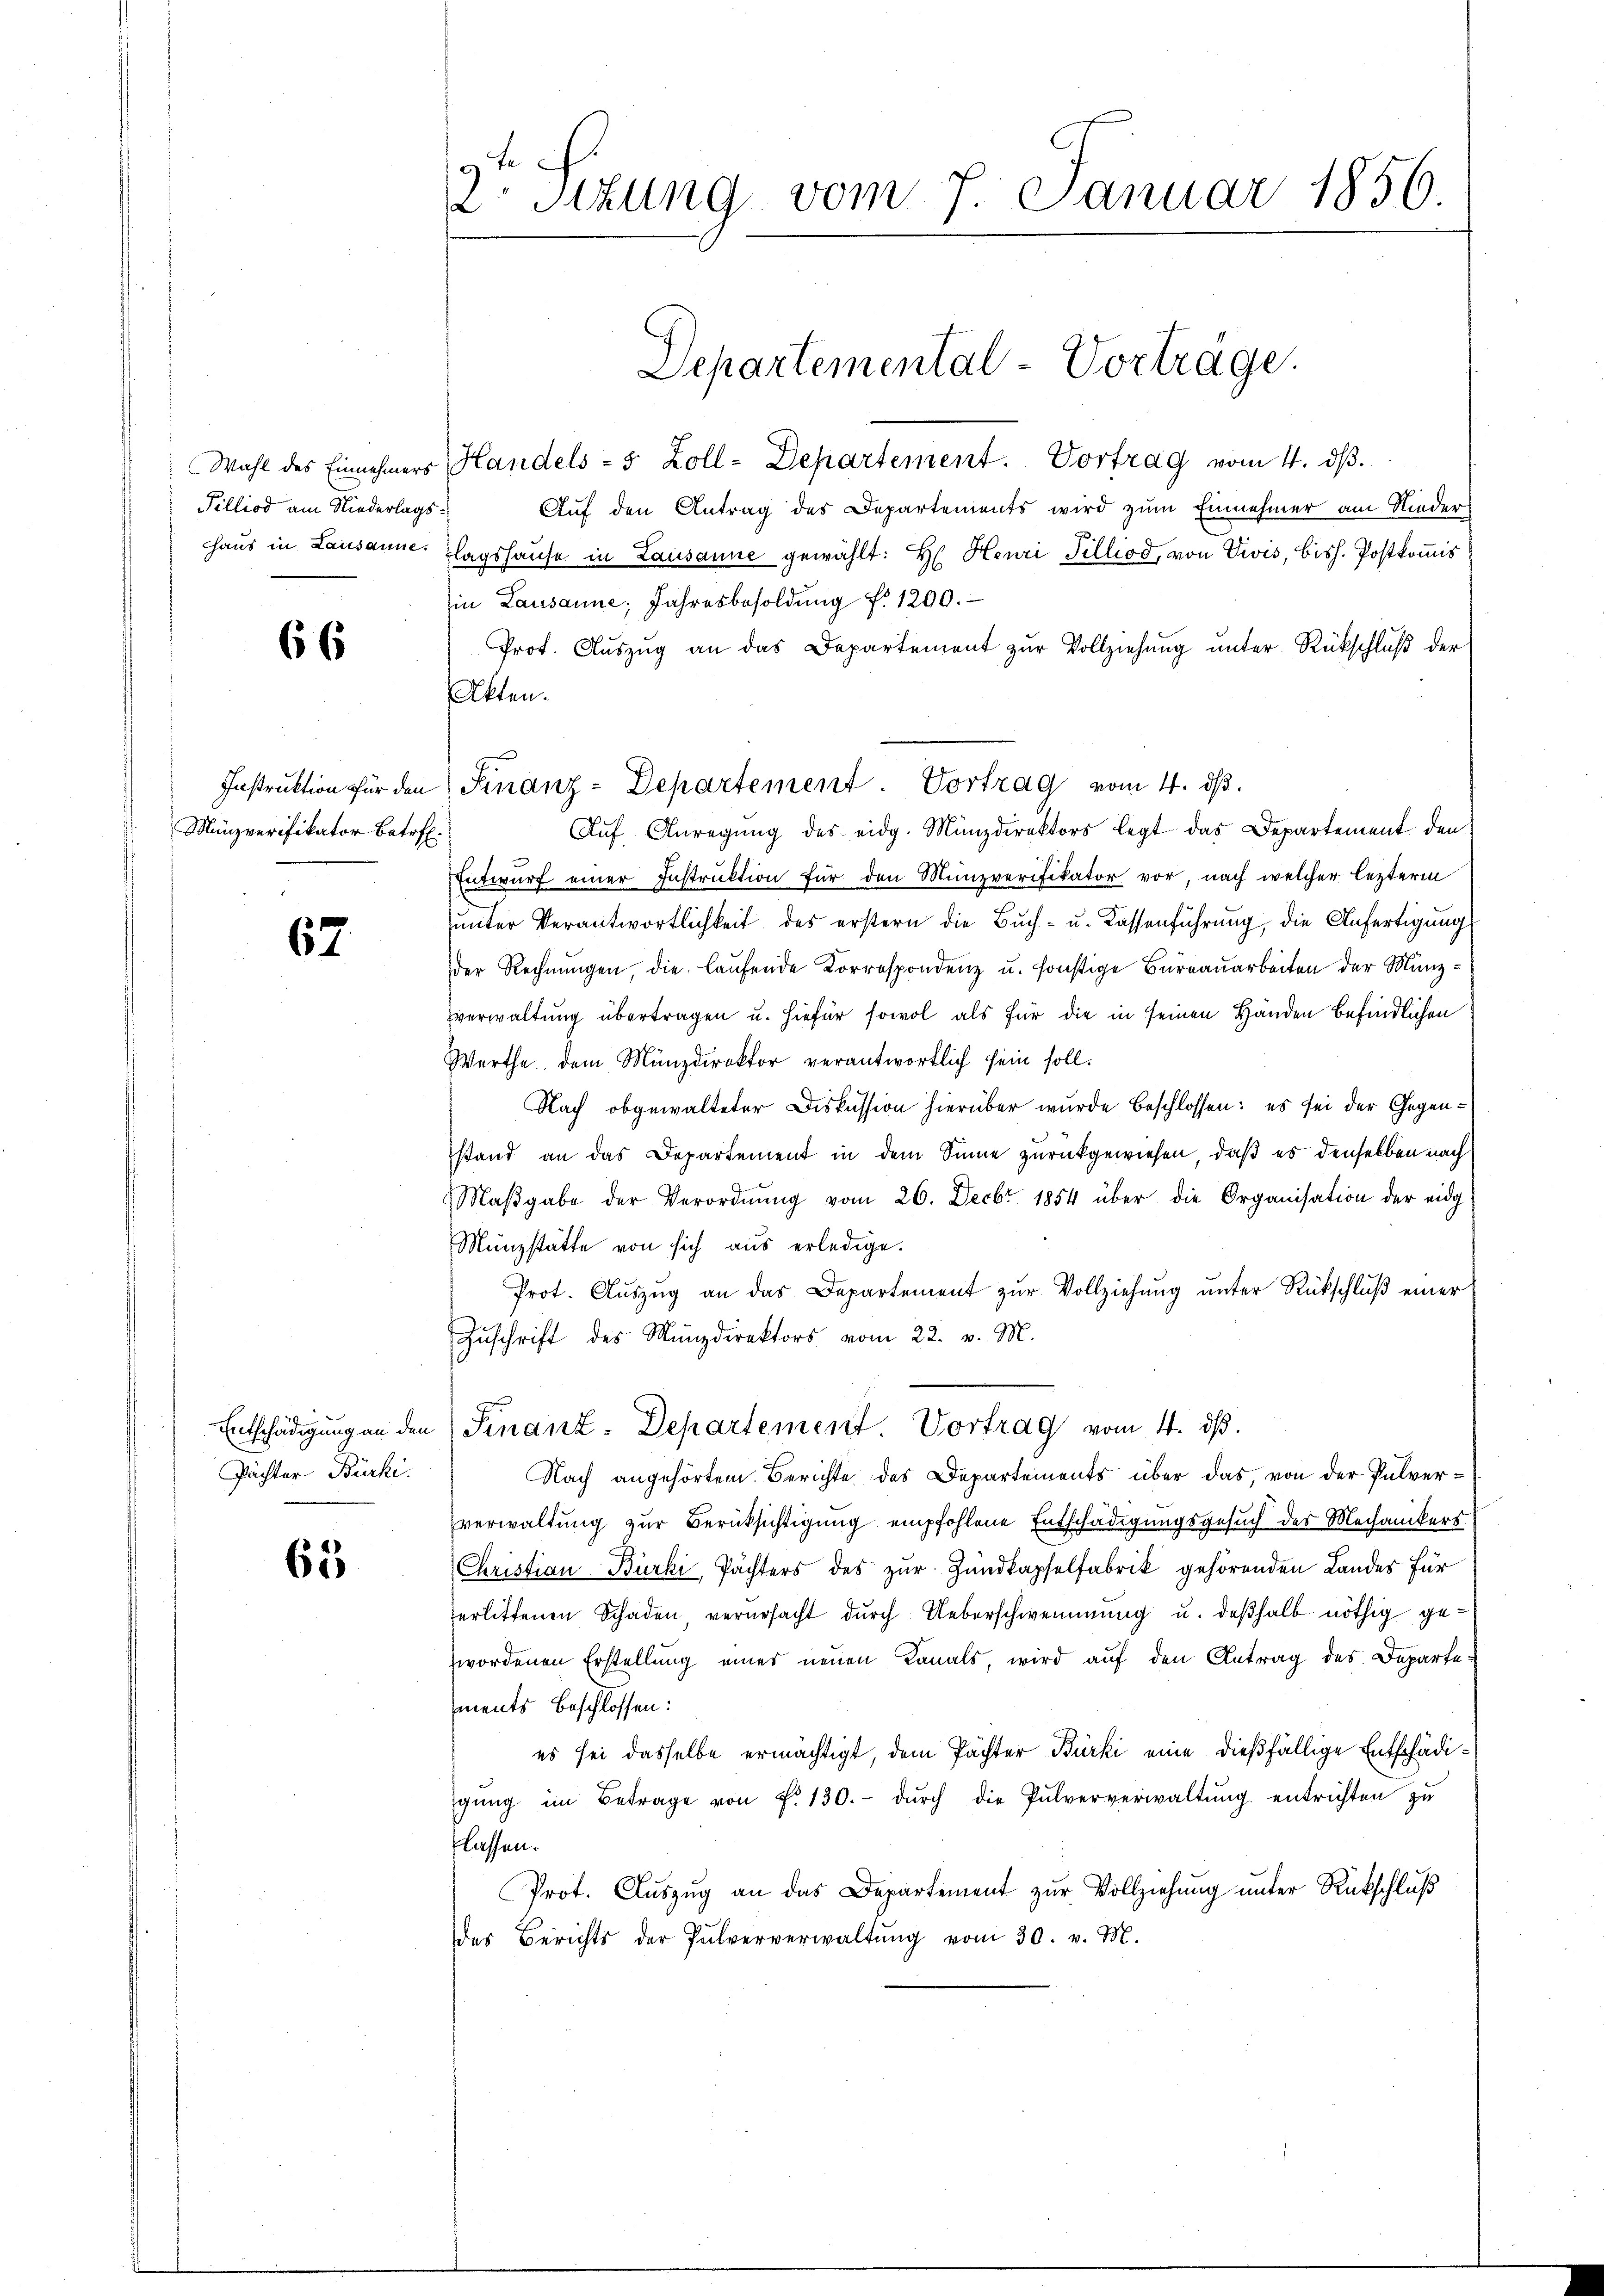
Wahl des Einnehmers
Filliod am Niederlags
haus in Lausanne.

66

Instruktion für den
Münzverifikator Betref

67

Entschädigung an den
Pächter Bürki.

65

2. Sitzung vom 7. Januar 1856

Handels- 5 Zoll-Departement. Vortrag vom 4. ds.
Auf den Antrag des Departements wird zum Einnehmer am Nieder
lagshause in Lausanne gewählt: Hr. Henri Tilliod, von Vivis, bish. Postkomis
in Lausanne, Jahresbesoldŭng f. 1200.
Prot. Aŭszŭg an das Departement zur Vollziehung unter Rückschluß der
Akten.
Aŭf Anregung des eidg. Münzdirektors legt das Departement den
Entwurf einer Instruktion für den Münzverifikator vor nach welcher lezterm
unter Verantwortlichkeit des erstern die Buch- u. Kassenführung, die Anfertigung
der Rechnŭngen die laŭfende Korrespondenz u. sonstige Büreaŭarbeiten der Mänzverwaltung übertragen u. hiefür sowol als für die in seinen Händen befindlichen
Werthe, dem Münzdirektor verantwortlich sein soll.
Nach obgewalteter Diskussion hierüber wurde beschlossen: es sei der Gegenstand an das Departement in dem Sinne zurückgewiesen, daß es denselben nach
Maβgabe der Verordnŭng vom 26. Decbr 1854 über die Organisation der eidg.
Münzstätte von sich aus erledige.
Prot. Auszug an das Departement zur Vollziehung unter Rückschluß einer
Zuschrift des Münzdirektors vom 22. v. M.
Finanz-Departement Vortrag vom 4. ds.
Nach angehörtem Berichte des Departements über das von der Pulververwaltung zur Berücksichtigung empfohlene Entschädigungsgesuch des Mechanikers
Christian Bürki, Pächters des zur Zundkapselfabrik gehörenden Landes für
erlittenen Schaden verursacht durch Ueberschwemmung u. deßhalb nöthig gezwordenen Erstellung eines neuen Kanals wird auf den Antrag des Departements beschlossen:
es sei dasselbe ermächtigt, dem Pächter Bürki eine dießfällige Entschädigŭng im Betrage von Fr. 130.- dŭrch die Pulververwaltŭng entrichten zu
lassen.
Prot. Auszug an das Departement zur Vollziehung unter Rückschluß
des Berichts der Pulververwaltŭng vom 30. v. M.

Departemental-Vortrage.

Finanz-Departement. Vortrag vom 4. ds.